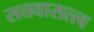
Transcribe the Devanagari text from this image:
सत्तवासत्त्व